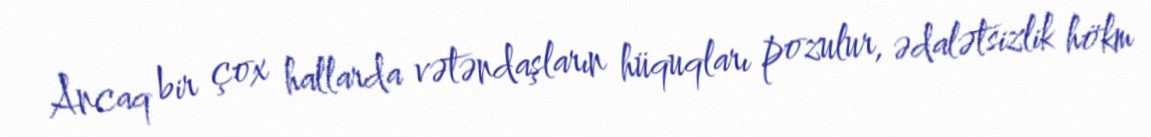
Ancaq bir çox hallarda vətəndaşların hüquqları pozulur, ədalətsizlik hökm